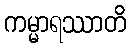
ကမ္မာရဿာတိ